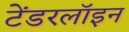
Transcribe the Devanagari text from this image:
टेंडरलॉइन